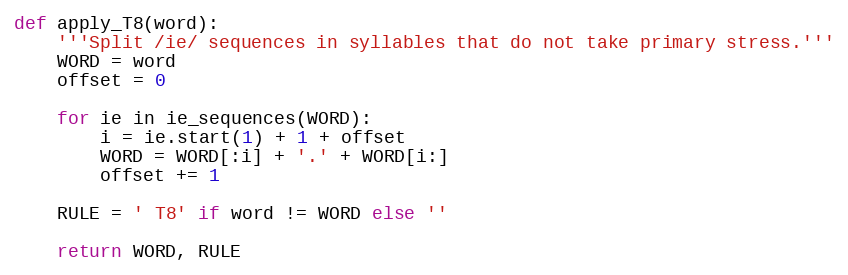
Language: Python
def apply_T8(word):
    '''Split /ie/ sequences in syllables that do not take primary stress.'''
    WORD = word
    offset = 0

    for ie in ie_sequences(WORD):
        i = ie.start(1) + 1 + offset
        WORD = WORD[:i] + '.' + WORD[i:]
        offset += 1

    RULE = ' T8' if word != WORD else ''

    return WORD, RULE